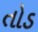
તોડ